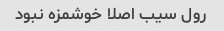
رول سیب اصلا خوشمزه نبود